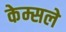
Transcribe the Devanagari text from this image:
केम्सले